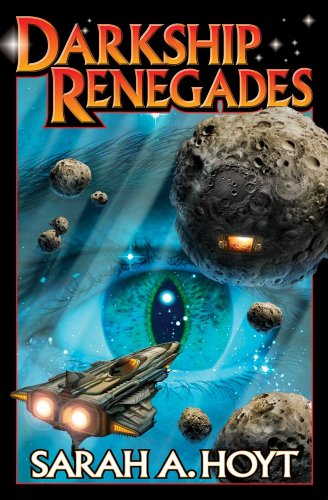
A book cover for Darkship Renegades; Sarah A. Hoyt; Science Fiction & Fantasy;